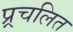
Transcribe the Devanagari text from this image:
प्र्र्रचलित